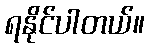
ရနိုင်ပါတယ်။